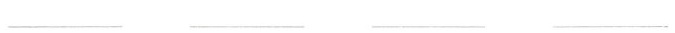
___ ___ ___ ___